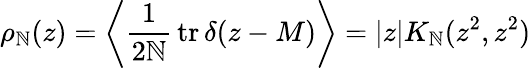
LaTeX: \rho_{\mathbb{N}}(z)=\left\langle\frac{{1}}{{2\mathbb{N}}}\, \mathrm{{tr}}\, \delta(z-M)\right\rangle=|z|K_{\mathbb{N}}(z^{2},z^{2})